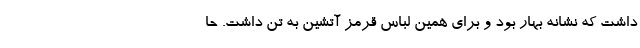
داشت که نشانه بهار بود و برای همین لباس قرمز آتشین به تن داشت. حا